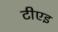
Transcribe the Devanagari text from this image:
टीएइ